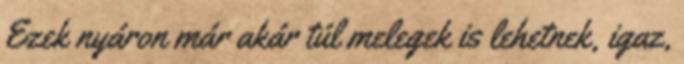
Ezek nyáron már akár túl melegek is lehetnek, igaz,